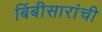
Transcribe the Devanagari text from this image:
बिंबीसारांची